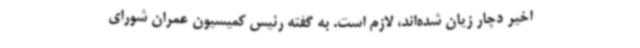
اخیر دچار زیان شده‌اند، لازم است. به گفته رئیس کمیسیون عمران شورای